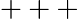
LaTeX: +++